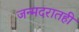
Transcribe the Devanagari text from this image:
जन्मदरातही